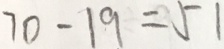
7 9 - 1 9 = 5 1